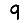
Digit: 9